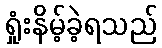
ရှုံးနိမ့်ခဲ့ရသည်